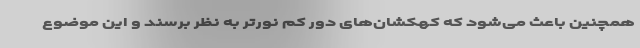
همچنین باعث می‌شود که کهکشان‌های دور کم نورتر به نظر برسند و این موضوع